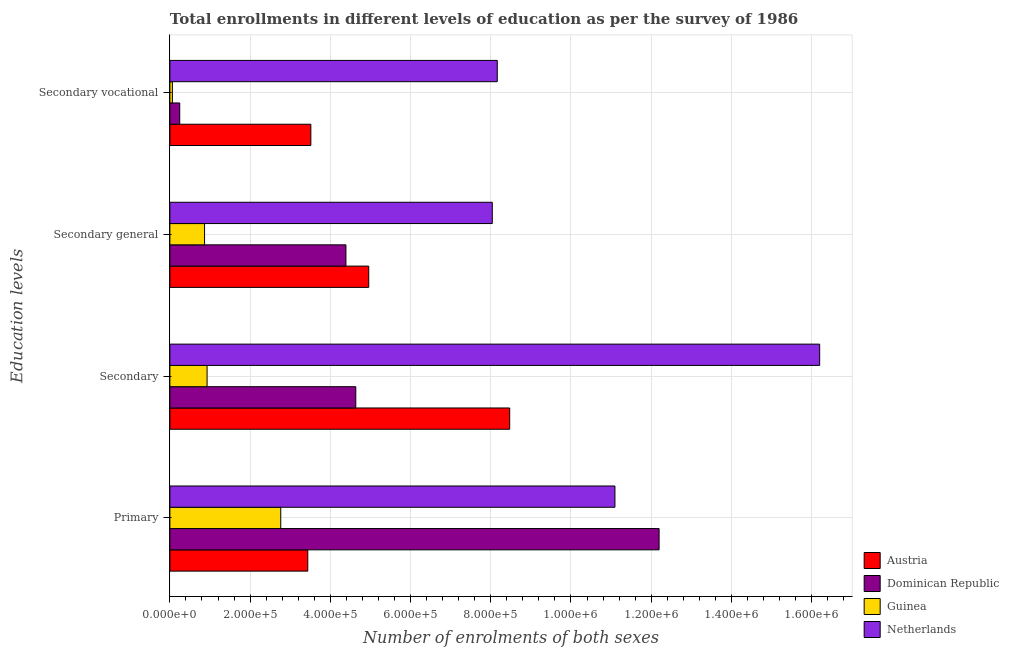
| Education levels | Austria | Dominican Republic | Guinea | Netherlands |
 | --- | --- | --- | --- | --- |
 | Primary | 3.44e+05 | 1.22e+06 | 2.76e+05 | 1.11e+06 |
 | Secondary | 8.47e+05 | 4.64e+05 | 9.28e+04 | 1.62e+06 |
 | Secondary general | 4.96e+05 | 4.39e+05 | 8.65e+04 | 8.04e+05 |
 | Secondary vocational | 3.51e+05 | 2.46e+04 | 6.28e+03 | 8.16e+05 |